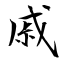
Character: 戚